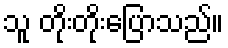
သူ တိုးတိုးပြောသည်။